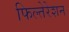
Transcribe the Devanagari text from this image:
फिल्तेरेशन